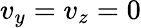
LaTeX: v_{y}=v_{z}=0